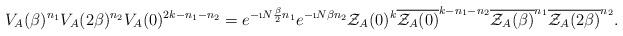
LaTeX: \begin{align*}V_A(\beta)^{n_1} V_A(2\beta)^{n_2}V_A(0)^{2k-n_1-n_2}=e^{-\i N \frac{\beta}{2} n_1} e^{-\i N \beta n_2} \mathcal{Z}_A(0)^k \overline{\mathcal{Z}_A(0)}^{k-n_1-n_2} \overline{\mathcal{Z}_A(\beta)}^{n_1} \overline{\mathcal{Z}_A(2\beta)}^{n_2} .\end{align*}